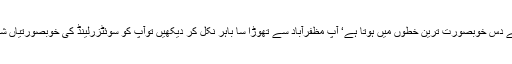
کشمیر کا شمار دنیا کے دس خوبصورت ترین خطوں میں ہوتا ہے‘ آپ مظفرآباد سے تھوڑا سا باہر نکل کر دیکھیں توآپ کو سوئٹزرلینڈ کی خوبصورتیاں شرماتی دکھائی دیں گی۔